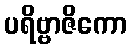
ပရိဗ္ဗာဇိကော